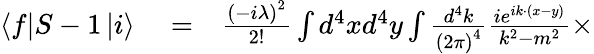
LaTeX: \begin{array}{rlr}{\left\langle f\right\vert S-1\left\vert i\right\rangle}&{{}=}&{\frac{\left(-i\lambda\right)^{2}}{2!}\int d^{4}xd^{4}y\int\frac{d^{4}k}{\left(2\pi\right)^{4}}\frac{ie^{ik\cdot\left(x-y\right)}}{k^{2}-m^{2}}\times}\end{array}